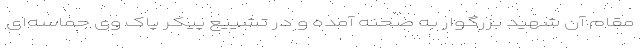
مقام آن شهید بزرگوار به صحنه آمده و در تشییع پیکر پاک وی حماسه‌ای